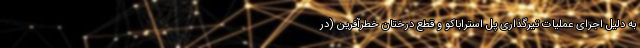
به دلیل اجرای عملیات تیرگذاری پل استراباکو و قطع درختان خطرآفرین (در